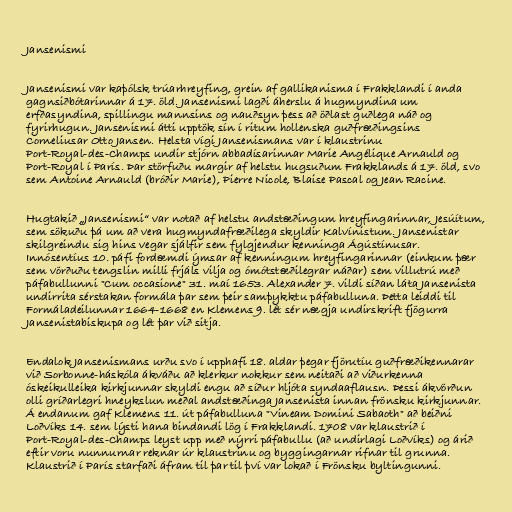
Jansenismi

Jansenismi var kaþólsk trúarhreyfing, grein af gallikanisma í Frakklandi í anda
gagnsiðbótarinnar á 17. öld. Jansenismi lagði áherslu á hugmyndina um
erfðasyndina, spillingu mannsins og nauðsyn þess að öðlast guðlega náð og
fyrirhugun. Jansenismi átti upptök sín í ritum hollenska guðfræðingsins
Corneliusar Otto Jansen. Helsta vígi Jansenismans var í klaustrinu
Port-Royal-des-Champs undir stjórn abbadísarinnar Marie Angélique Arnauld og
Port-Royal í París. Þar störfuðu margir af helstu hugsuðum Frakklands á 17. öld, svo
sem Antoine Arnauld (bróðir Marie), Pierre Nicole, Blaise Pascal og Jean Racine.

Hugtakið „Jansenismi“ var notað af helstu andstæðingum hreyfingarinnar, Jesúítum,
sem sökuðu þá um að vera hugmyndafræðilega skyldir Kalvínistum. Jansenistar
skilgreindu sig hins vegar sjálfir sem fylgjendur kenninga Ágústínusar.
Innósentíus 10. páfi fordæmdi ýmsar af kenningum hreyfingarinnar (einkum þær
sem vörðuðu tengslin milli frjáls vilja og ómótstæðilegrar náðar) sem villutrú með
páfabullunni "Cum occasione" 31. maí 1653. Alexander 7. vildi síðan láta Jansenista
undirrita sérstakan formála þar sem þeir samþykktu páfabulluna. Þetta leiddi til
Formáladeilunnar 1664-1668 en Klemens 9. lét sér nægja undirskrift fjögurra
Jansenistabiskupa og lét þar við sitja.

Endalok Jansenismans urðu svo í upphafi 18. aldar þegar fjörutíu guðfræðikennarar
við Sorbonne-háskóla ákváðu að klerkur nokkur sem neitaði að viðurkenna
óskeikulleika kirkjunnar skyldi engu að síður hljóta syndaaflausn. Þessi ákvörðun
olli gríðarlegri hneykslun meðal andstæðinga Jansenista innan frönsku kirkjunnar.
Á endanum gaf Klemens 11. út páfabulluna "Vineam Domini Sabaoth" að beiðni
Loðvíks 14. sem lýsti hana bindandi lög í Frakklandi. 1708 var klaustrið í
Port-Royal-des-Champs leyst upp með nýrri páfabullu (að undirlagi Loðvíks) og árið
eftir voru nunnurnar reknar úr klaustrinu og byggingarnar rifnar til grunna.
Klaustrið í París starfaði áfram til þar til því var lokað í Frönsku byltingunni.